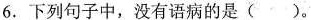
6.下列句子中，没有语病的是()。